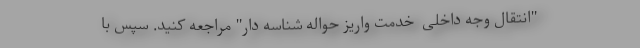
"انتقال وجه داخلی  خدمت واریز حواله شناسه دار" مراجعه کنید. سپس با